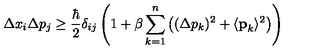
\Delta x _ { i } \Delta p _ { j } \ge \frac { \hbar } { 2 } \delta _ { i j } \left( 1 + \beta \sum _ { k = 1 } ^ { n } \left( ( \Delta p _ { k } ) ^ { 2 } + \langle { \bf { p } } _ { k } \rangle ^ { 2 } \right) \right)